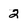
Character: 2